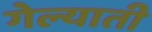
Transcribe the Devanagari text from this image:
गेल्याती